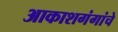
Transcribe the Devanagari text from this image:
आकाशगंगांचे